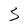
Character: S